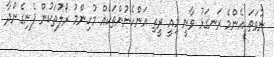
ނުވަތަ އެންމެ ރަނގަޅު ވާނީ މިއީ ރީތި އަންހެނުންތަކެއް މުހިންމު ރޯލުތަކުން ފެނިގެންދާ